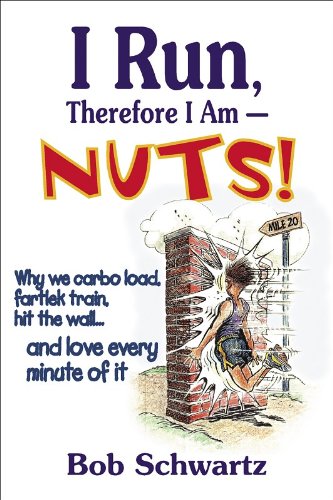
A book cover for I Run, Therefore I Am--Nuts!; Bob Schwartz; Humor & Entertainment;